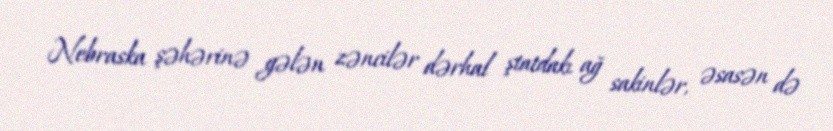
Nebraska şəhərinə gələn zəncilər dərhal ştatdakı ağ sakinlər, əsasən də